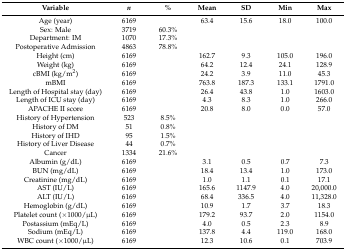
<table><thead><tr><td><b>Variable</b></td><td><b><i>n</i></b></td><td><b>%</b></td><td><b>Mean</b></td><td><b>SD</b></td><td><b>Min</b></td><td><b>Max</b></td></tr></thead><tbody><tr><td>Age (year)</td><td>6169</td><td>[EMPTY_CELL]</td><td>63.4</td><td>15.6</td><td>18.0</td><td>100.0</td></tr><tr><td>Sex: Male</td><td>3719</td><td>60.3%</td><td>[EMPTY_CELL]</td><td>[EMPTY_CELL]</td><td>[EMPTY_CELL]</td><td>[EMPTY_CELL]</td></tr><tr><td>Department: IM</td><td>1070</td><td>17.3%</td><td>[EMPTY_CELL]</td><td>[EMPTY_CELL]</td><td>[EMPTY_CELL]</td><td>[EMPTY_CELL]</td></tr><tr><td>Postoperative Admission</td><td>4863</td><td>78.8%</td><td>[EMPTY_CELL]</td><td>[EMPTY_CELL]</td><td>[EMPTY_CELL]</td><td>[EMPTY_CELL]</td></tr><tr><td>Height (cm)</td><td>6169</td><td>[EMPTY_CELL]</td><td>162.7</td><td>9.3</td><td>105.0</td><td>196.0</td></tr><tr><td>Weight (kg)</td><td>6169</td><td>[EMPTY_CELL]</td><td>64.2</td><td>12.4</td><td>24.1</td><td>128.9</td></tr><tr><td>cBMI (kg/m<sup>2</sup>)</td><td>6169</td><td>[EMPTY_CELL]</td><td>24.2</td><td>3.9</td><td>11.0</td><td>45.3</td></tr><tr><td>mBMI</td><td>6169</td><td>[EMPTY_CELL]</td><td>763.8</td><td>187.3</td><td>133.1</td><td>1791.0</td></tr><tr><td>Length of Hospital stay (day)</td><td>6169</td><td>[EMPTY_CELL]</td><td>26.4</td><td>43.8</td><td>1.0</td><td>1603.0</td></tr><tr><td>Length of ICU stay (day)</td><td>6169</td><td>[EMPTY_CELL]</td><td>4.3</td><td>8.3</td><td>1.0</td><td>266.0</td></tr><tr><td>APACHE II score</td><td>6169</td><td>[EMPTY_CELL]</td><td>20.8</td><td>8.0</td><td>0.0</td><td>57.0</td></tr><tr><td>History of Hypertension</td><td>523</td><td>8.5%</td><td>[EMPTY_CELL]</td><td>[EMPTY_CELL]</td><td>[EMPTY_CELL]</td><td>[EMPTY_CELL]</td></tr><tr><td>History of DM</td><td>51</td><td>0.8%</td><td>[EMPTY_CELL]</td><td>[EMPTY_CELL]</td><td>[EMPTY_CELL]</td><td>[EMPTY_CELL]</td></tr><tr><td>History of IHD</td><td>95</td><td>1.5%</td><td>[EMPTY_CELL]</td><td>[EMPTY_CELL]</td><td>[EMPTY_CELL]</td><td>[EMPTY_CELL]</td></tr><tr><td>History of Liver Disease</td><td>44</td><td>0.7%</td><td>[EMPTY_CELL]</td><td>[EMPTY_CELL]</td><td>[EMPTY_CELL]</td><td>[EMPTY_CELL]</td></tr><tr><td>Cancer</td><td>1334</td><td>21.6%</td><td>[EMPTY_CELL]</td><td>[EMPTY_CELL]</td><td>[EMPTY_CELL]</td><td>[EMPTY_CELL]</td></tr><tr><td>Albumin (g/dL)</td><td>6169</td><td>[EMPTY_CELL]</td><td>3.1</td><td>0.5</td><td>0.7</td><td>7.3</td></tr><tr><td>BUN (mg/dL)</td><td>6169</td><td>[EMPTY_CELL]</td><td>18.4</td><td>13.4</td><td>1.0</td><td>173.0</td></tr><tr><td>Creatinine (mg/dL)</td><td>6169</td><td>[EMPTY_CELL]</td><td>1.0</td><td>1.1</td><td>0.1</td><td>17.1</td></tr><tr><td>AST (IU/L)</td><td>6169</td><td>[EMPTY_CELL]</td><td>165.6</td><td>1147.9</td><td>4.0</td><td>20,000.0</td></tr><tr><td>ALT (IU/L)</td><td>6169</td><td>[EMPTY_CELL]</td><td>68.4</td><td>336.5</td><td>4.0</td><td>11,328.0</td></tr><tr><td>Hemoglobin (g/dL)</td><td>6169</td><td>[EMPTY_CELL]</td><td>10.9</td><td>1.7</td><td>3.7</td><td>18.3</td></tr><tr><td>Platelet count (×1000/μL)</td><td>6169</td><td>[EMPTY_CELL]</td><td>179.2</td><td>93.7</td><td>2.0</td><td>1154.0</td></tr><tr><td>Postassium (mEq/L)</td><td>6169</td><td>[EMPTY_CELL]</td><td>4.0</td><td>0.5</td><td>2.3</td><td>8.9</td></tr><tr><td>Sodium (mEq/L)</td><td>6169</td><td>[EMPTY_CELL]</td><td>137.8</td><td>4.4</td><td>119.0</td><td>168.0</td></tr><tr><td>WBC count (×1000/μL)</td><td>6169</td><td>[EMPTY_CELL]</td><td>12.3</td><td>10.6</td><td>0.1</td><td>703.9</td></tr></tbody></table>